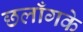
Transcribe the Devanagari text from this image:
छलाँगके